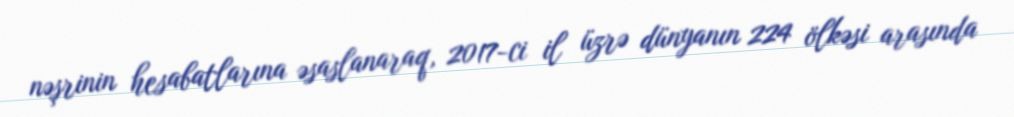
nəşrinin hesabatlarına əsaslanaraq, 2017-ci il üzrə dünyanın 224 ölkəsi arasında